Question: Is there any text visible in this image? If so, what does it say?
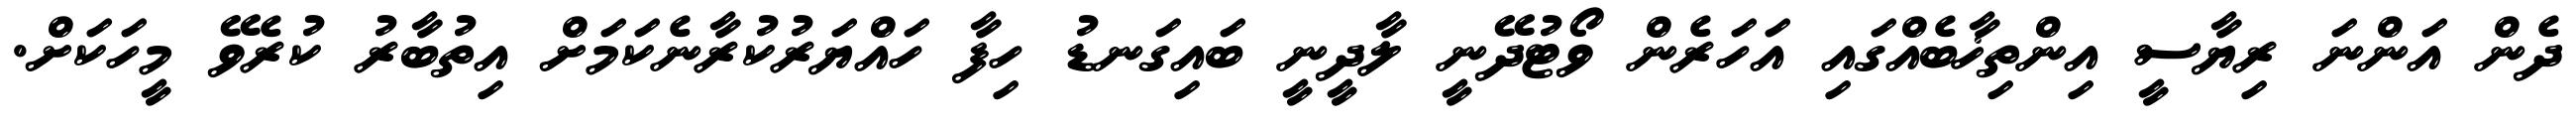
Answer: ދެން އަންނަ ރިޔާސީ އިންތިޚާބެއްގައި އަހަރެން ވޯޓުދޭނީ ލާދީނީ ބައިގަނޑު ހިފާ ހައްޔަރުކުރާނެކަމަށް އިތުބާރު ކުރެވޭ މީހަކަށް.